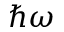
\hbar \omega